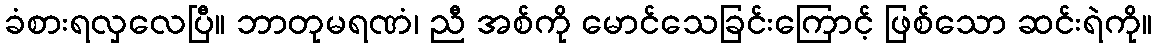
ခံစားရလှလေပြီ။ ဘာတုမရဏံ၊ ညီ အစ်ကို မောင်သေခြင်းကြောင့် ဖြစ်သော ဆင်းရဲကို။